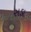
સડા